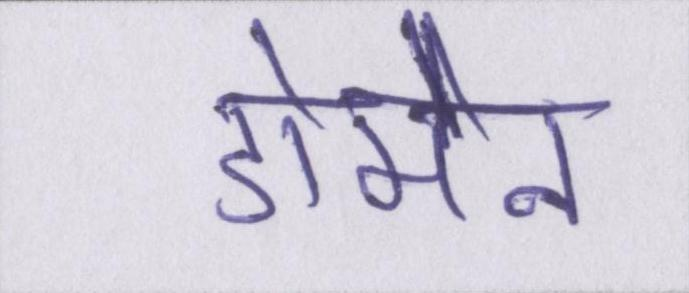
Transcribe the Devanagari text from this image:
डोमेन